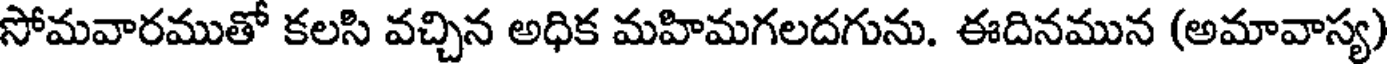
సోమవారముతో కలసి వచ్చిన అధిక మహిమగలదగును. ఈదినమున (అమావాస్య)